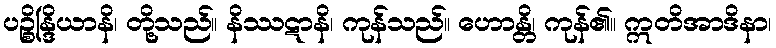
ပဉ္စိန္ဒြိယာနိ၊ တို့သည်။ နိဿဋာနိ၊ ကုန်သည်။ ဟောန္တိ၊ ကုန်၏။ ဣတိအာဒိနာ၊